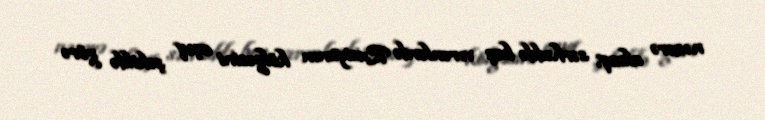
nəzərə alsaq, sərhəddə baş verənlərdə Rusiyanın kölgəsini açıq şəkildə görə